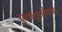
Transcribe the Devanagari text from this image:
एकतृतीयांश